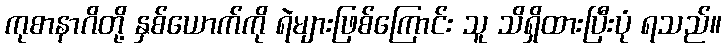
ကုစာနာဂိတို့ နှစ်ယောက်ကို ရဲများဖြစ်ကြောင်း သူ သိရှိထားပြီးပုံ ရသည်။